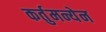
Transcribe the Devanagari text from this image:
कर्तुमन्येन